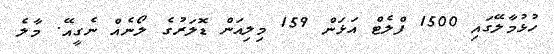
ހުޅުމާލޭގައި 1500 ފްލެޓް އަޅަން 159 މިލިއަން ޑޮލަރުގެ ލޯނެއް ނެގީއޭ. މާލެ